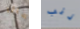
هانا ذنب